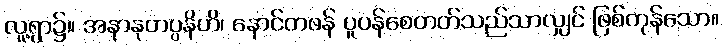
လူ့ရွာ၌။ အနာနုတပ္ပနိဟိ၊ နောင်တဖန် ပူပန်စေတတ်သည်သာလျှင် ဖြစ်ကုန်သော။